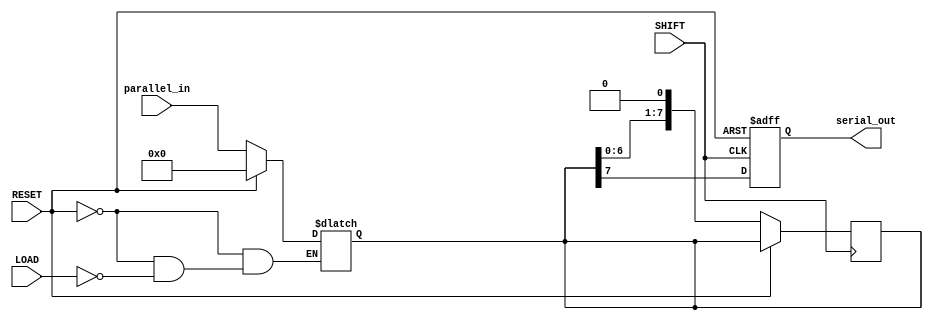
module PISO_Register #(
    parameter N = 8  // Parameter for the number of bits
)(
    input wire [N-1:0] parallel_in,  // Parallel data input
    input wire LOAD,                  // Load signal
    input wire SHIFT,                 // Shift signal
    input wire RESET,                 // Asynchronous reset signal
    output reg serial_out             // Serial output
);

    // Internal register to hold the data
    reg [N-1:0] shift_reg;

    // Asynchronous reset and loading logic
    always @* begin
        if (RESET) begin
            shift_reg = {N{1'b0}};  // Clear the register
        end else if (LOAD) begin
            shift_reg = parallel_in; // Load parallel data
        end
    end

    // Shifting logic
    always @(posedge SHIFT or posedge RESET) begin
        if (RESET) begin
            serial_out <= 1'b0; // Clear serial output on reset
        end else if (SHIFT) begin
            serial_out <= shift_reg[N-1]; // Output the MSB
            shift_reg <= {shift_reg[N-2:0], 1'b0}; // Shift left and insert 0 at LSB
        end
    end

endmodule